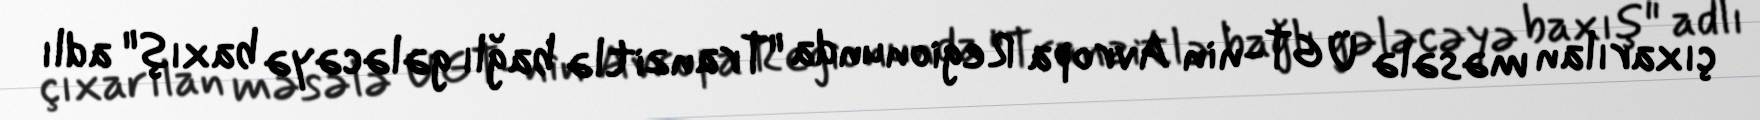
çıxarılan məsələ ÜGT-nin Avropa Regionunda "Tranzitlə bağlı gələcəyə baxış" adlı